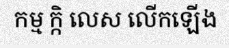
កម្ម ក្កិ លេស លើកឡើង